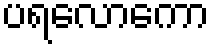
ပရလောကော